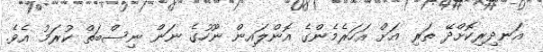
އަނދިރިކޮށްދޭ ތަރި އަށް އަހަރެމެންގެ އޮންލައިން ނޫހުގެ ނަން ނިސްބަތް ކުރަމު އެވެ.